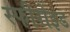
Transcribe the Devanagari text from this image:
स्फीरोइड